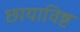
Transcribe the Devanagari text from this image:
छायाविष्ट